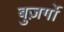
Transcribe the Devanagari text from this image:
बुज़र्गो